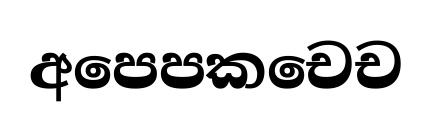
අපෙපකචෙච